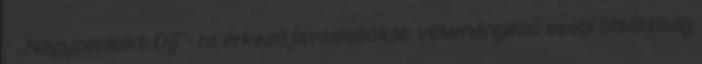
- „Nagycenkért Díj”- ra érkező javaslatokat véleményező eseti bizottság